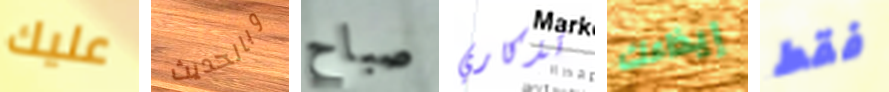
عليك وبالحديث صباح تذكاري إيذاءك فقط